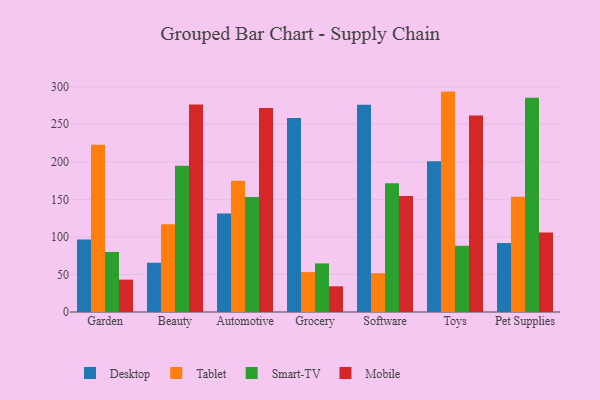
{"axis": {"x": "Category", "y": "Population (Million)"}, "legend": ["Desktop", "Mobile", "Smart-TV", "Tablet"], "data": [{"x": "Garden", "y": 96.5, "type": "Desktop"}, {"x": "Garden", "y": 222.7, "type": "Tablet"}, {"x": "Garden", "y": 80.0, "type": "Smart-TV"}, {"x": "Garden", "y": 43.1, "type": "Mobile"}, {"x": "Beauty", "y": 65.6, "type": "Desktop"}, {"x": "Beauty", "y": 116.9, "type": "Tablet"}, {"x": "Beauty", "y": 194.8, "type": "Smart-TV"}, {"x": "Beauty", "y": 276.3, "type": "Mobile"}, {"x": "Automotive", "y": 131.3, "type": "Desktop"}, {"x": "Automotive", "y": 174.8, "type": "Tablet"}, {"x": "Automotive", "y": 153.2, "type": "Smart-TV"}, {"x": "Automotive", "y": 271.5, "type": "Mobile"}, {"x": "Grocery", "y": 258.3, "type": "Desktop"}, {"x": "Grocery", "y": 53.1, "type": "Tablet"}, {"x": "Grocery", "y": 64.7, "type": "Smart-TV"}, {"x": "Grocery", "y": 34.2, "type": "Mobile"}, {"x": "Software", "y": 276.0, "type": "Desktop"}, {"x": "Software", "y": 51.6, "type": "Tablet"}, {"x": "Software", "y": 171.5, "type": "Smart-TV"}, {"x": "Software", "y": 154.6, "type": "Mobile"}, {"x": "Toys", "y": 200.8, "type": "Desktop"}, {"x": "Toys", "y": 293.5, "type": "Tablet"}, {"x": "Toys", "y": 88.3, "type": "Smart-TV"}, {"x": "Toys", "y": 261.8, "type": "Mobile"}, {"x": "Pet Supplies", "y": 92.0, "type": "Desktop"}, {"x": "Pet Supplies", "y": 153.4, "type": "Tablet"}, {"x": "Pet Supplies", "y": 285.2, "type": "Smart-TV"}, {"x": "Pet Supplies", "y": 105.8, "type": "Mobile"}]}